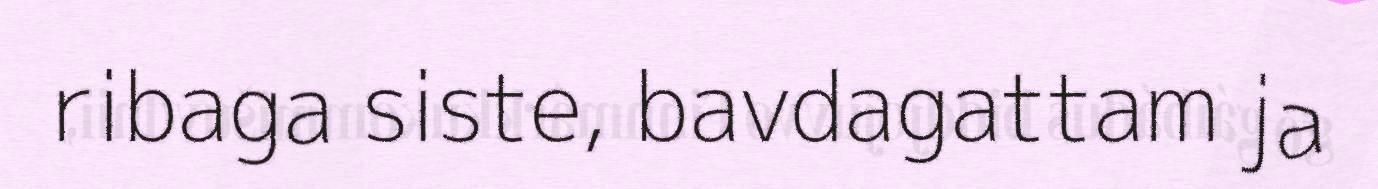
ribaga siste, bavdagattam ja